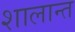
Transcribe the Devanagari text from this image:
शालान्‍त